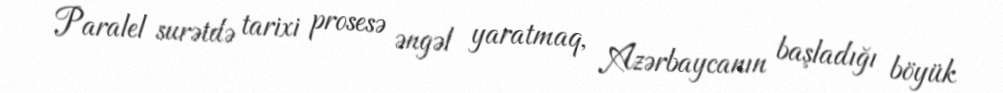
Paralel surətdə tarixi prosesə əngəl yaratmaq, Azərbaycanın başladığı böyük